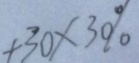
+ 3 0 \times 3 0 \%